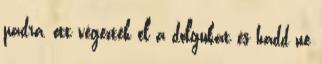
padra, ott végezték el a dolgukat és hadd ne